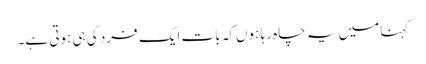
کہنا میں یہ چاہ رہا ہوں کہ بات ایک فرد کی ہی ہوتی ہے۔